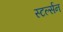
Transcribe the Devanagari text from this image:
स्टर्ल्सन